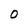
Character: 0